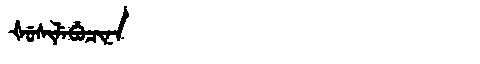
Manchu: ᡧᡠᠰᡳᠯᡝᠪᡠᠴᡳᠨᠠ
Romanization: ŠUSILEBUCINA